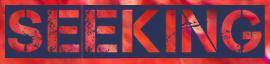
SEEKING